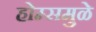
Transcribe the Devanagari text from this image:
होम्समुळे